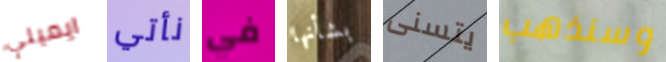
ايميلي نأتي في بشأنها يتسنى وسنذهب